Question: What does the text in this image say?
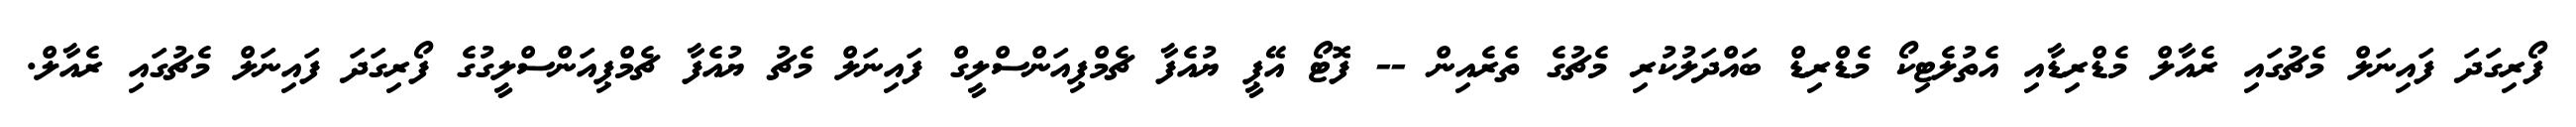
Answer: ފޯރިގަދަ ފައިނަލް މެޗުގައި ރެއާލް މެޑްރިޑާއި އެތުލެޓިކޯ މެޑްރިޑް ބައްދަލުކުރި މެޗުގެ ތެރެއިން -- ފޮޓޯ އޭޕީ ޔުއެފާ ޗެމްޕިއަންސްލީގް ފައިނަލް މެޗު ޔުއެފާ ޗެމްޕިއަންސްލީގުގެ ފޯރިގަދަ ފައިނަލް މެޗުގައި ރެއާލް.